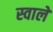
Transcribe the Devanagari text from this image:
स्वाले